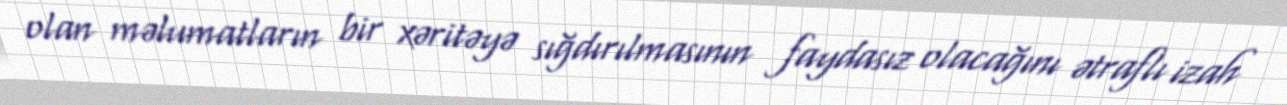
olan məlumatların bir xəritəyə sığdırılmasının faydasız olacağını ətraflı izah